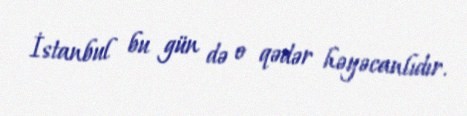
İstanbul bu gün də o qədər həyəcanlıdır.